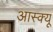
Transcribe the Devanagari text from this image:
आस्क्यू